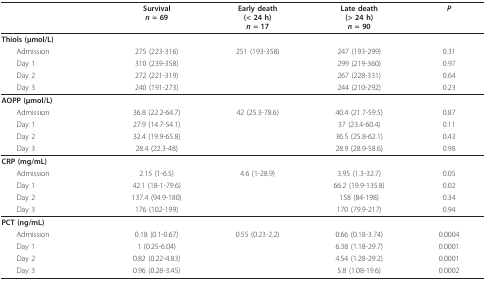
<table><thead><tr><td></td><td><b>Survival<i>n </i>= 69</b></td><td><b>Early death(&lt; 24 h)<i>n </i>= 17</b></td><td><b>Late death(&gt; 24 h)<i>n </i>= 90</b></td><td><b><i>P</i></b></td></tr></thead><tbody><tr><td><b>Thiols (μmol/L)</b></td><td></td><td></td><td></td><td></td></tr><tr><td> Admission</td><td>275 (223-316)</td><td>251 (193-358)</td><td>247 (193-299)</td><td>0.31</td></tr><tr><td> Day 1</td><td>310 (239-358)</td><td></td><td>299 (219-360)</td><td>0.97</td></tr><tr><td> Day 2</td><td>272 (221-319)</td><td></td><td>267 (228-331)</td><td>0.64</td></tr><tr><td> Day 3</td><td>240 (191-273)</td><td></td><td>244 (210-292)</td><td>0.23</td></tr><tr><td><b>AOPP (μmol/L)</b></td><td></td><td></td><td></td><td></td></tr><tr><td> Admission</td><td>36.8 (22.2-64.7)</td><td>42 (25.3-78.6)</td><td>40.4 (21.7-59.5)</td><td>0.87</td></tr><tr><td> Day 1</td><td>27.9 (14.7-54.1)</td><td></td><td>37 (23.4-60.4)</td><td>0.11</td></tr><tr><td> Day 2</td><td>32.4 (19.9-65.8)</td><td></td><td>36.5 (25.8-62.1)</td><td>0.43</td></tr><tr><td> Day 3</td><td>28.4 (22.3-48)</td><td></td><td>28.9 (28.9-58.6)</td><td>0.98</td></tr><tr><td><b>CRP (mg/mL)</b></td><td></td><td></td><td></td><td></td></tr><tr><td> Admission</td><td>2.15 (1-6.5)</td><td>4.6 (1-28.9)</td><td>3.95 (1.3-32.7)</td><td>0.05</td></tr><tr><td> Day 1</td><td>42.1 (18-1-79.6)</td><td></td><td>66.2 (19.9-135.8)</td><td>0.02</td></tr><tr><td> Day 2</td><td>137.4 (94.9-180)</td><td></td><td>158 (84-198)</td><td>0.34</td></tr><tr><td> Day 3</td><td>176 (102-199)</td><td></td><td>170 (79.9-217)</td><td>0.94</td></tr><tr><td><b>PCT (ng/mL)</b></td><td></td><td></td><td></td><td></td></tr><tr><td> Admission</td><td>0.18 (0.1-0.67)</td><td>0.55 (0.23-2.2)</td><td>0.66 (0.18-3.74)</td><td>0.0004</td></tr><tr><td> Day 1</td><td>1 (0.25-6.04)</td><td></td><td>6.38 (1.18-29.7)</td><td>0.0001</td></tr><tr><td> Day 2</td><td>0.82 (0.22-4.83)</td><td></td><td>4.54 (1.28-29.2)</td><td>0.0001</td></tr><tr><td> Day 3</td><td>0.96 (0.28-3.45)</td><td></td><td>5.8 (1.08-19.6)</td><td>0.0002</td></tr></tbody></table>